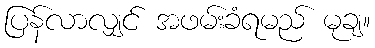
ပြန်လာလျှင် အဖမ်းခံရမည် မုချ။